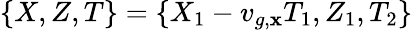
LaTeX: \{ X,Z,T\} =\{ X_{1}-v_{g,\mathbf{x}}T_{1},Z_{1},T_{2}\}